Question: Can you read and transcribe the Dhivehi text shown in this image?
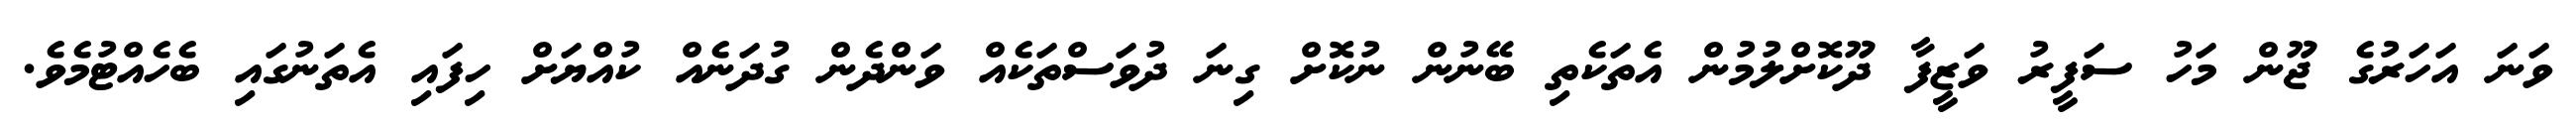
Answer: ވަނަ އަހަރުގެ ޖޫން މަހު ސަފީރު ވަޒީފާ ދޫކޮށްލުމުން އެތަކެތި ބޭނުން ނުކޮށް ގިނަ ދުވަސްތަކެއް ވަންދެން ގުދަނެއް ކުއްޔަށް ހިފައި އެތަނުގައި ބެހެއްޓުމެވެ.